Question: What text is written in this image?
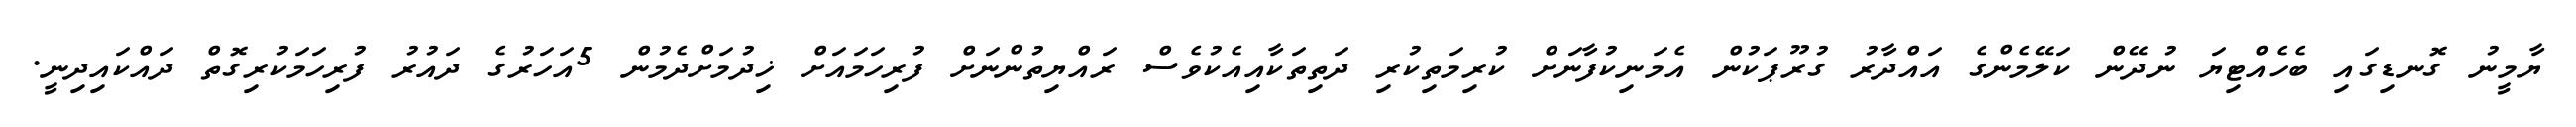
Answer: ޔާމީނު ގޮނޑިގައި ބެހެއްޓިޔަ ނުދޭން ކަލޭމެންގެ އައްދާރު ގުރޫޕަކުން އެމަނިކުފާނަށް ކުރިމަތިކުރި ދަތިތަކާއިއެކުވެސް ރައްޔިތުންނަށް ފުރިހަމައަށް ޚިދުމަށްދެމުން 5އަހަރުގެ ދައުރު ފުރިހަމަކުރިގޮތް ދައްކައިދިނީ.